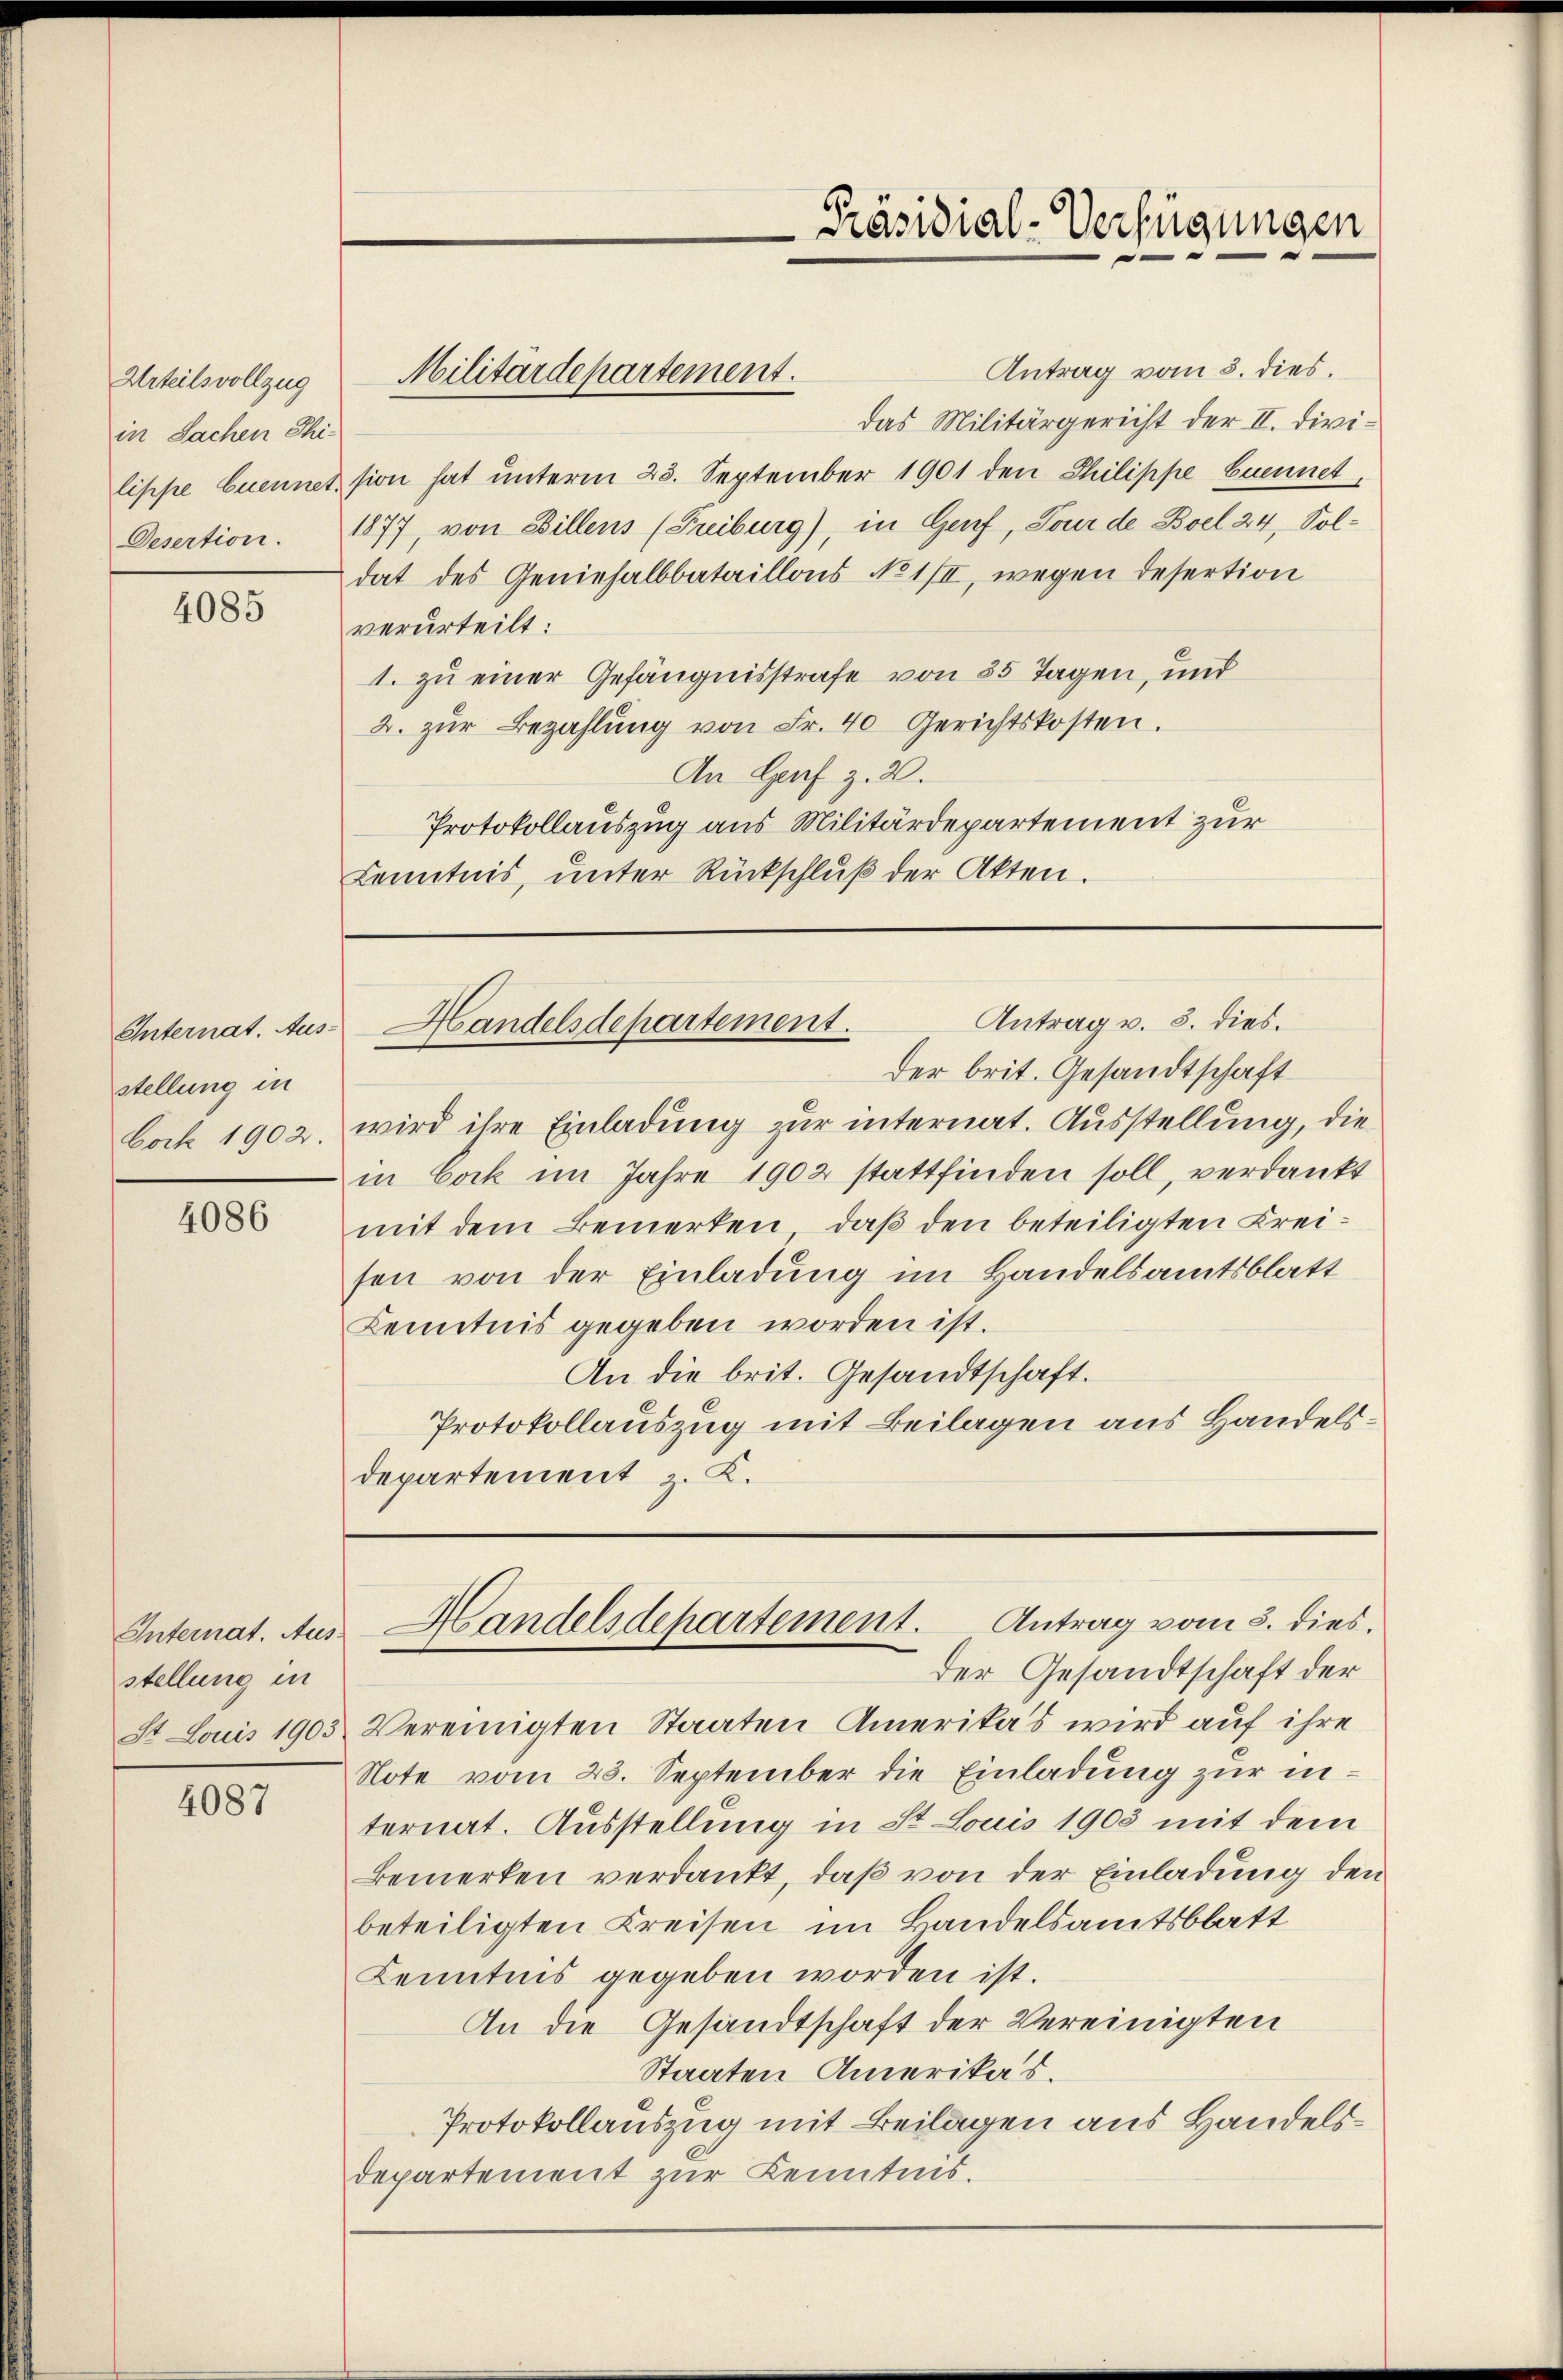
Urteilsvollzug
in Sachen Thi-

4085

stellung in

4086

Internat. Aus
stellung in
St. Louis 1903

4087

Antrag vom 3. dies.
das Militärgericht der II. Divilippe Cuennet sion hat unterm 23. September 1901 den Philippe buennet,
Desertion. 1877, von Billens (Freiburg), in Genf, Tour de Boel 24, Soldat des Geniesalbbataillons No 1/II, wegen desertion
verurteilt:
1. zu einer Gefängnisstrafe von 35 Tagen, und
2. zŭr Bezahlŭng von Fr. 40 Gerichtskosten.
An Genf z. B.
Protokollauszug aus Militärdepartement zur
Kenntnis, unter Rückschluß der Akten.

Militärdepartement.

Präsidial-Verfügungen

Antrag v. 3. dies.
Internat. Aus- Handelsdepartement.

der brit. Gesandtschaft
Cock 1902, wird ihre Einladung zur internat. Ausstellung, die
in Cock im Jahre 1902 stattfinden soll, verdankt
mit dem Bemerken, daß den beteiligten Kreisen von der Einladung im Handelsamtsblatt
Kenntnis gegeben worden ist.
An die brit. Gesandtschaft.
Protokollauszug mit Beilagen aus Handelsdepartement z. K.

Vereinigten Staaten Amerikas wird auf ihre
Note vom 23. September die Einladung zur internat. Ausstellung in St. Louis 1903 mit dem
Bemerken verdankt, daß von der Einladung den
beteiligten Kreisen im Bandelsamtsblatt
Kenntnis gegeben worden ist.
An die Gesandtschaft der Vereinigten
Staaten Amerikas.
Protokollauszug mit Beilagen aus Handelsdepartement zur Kenntnis.

Handelsdepartement. Antrag vom 3. dies.
der Gesandtschaft der